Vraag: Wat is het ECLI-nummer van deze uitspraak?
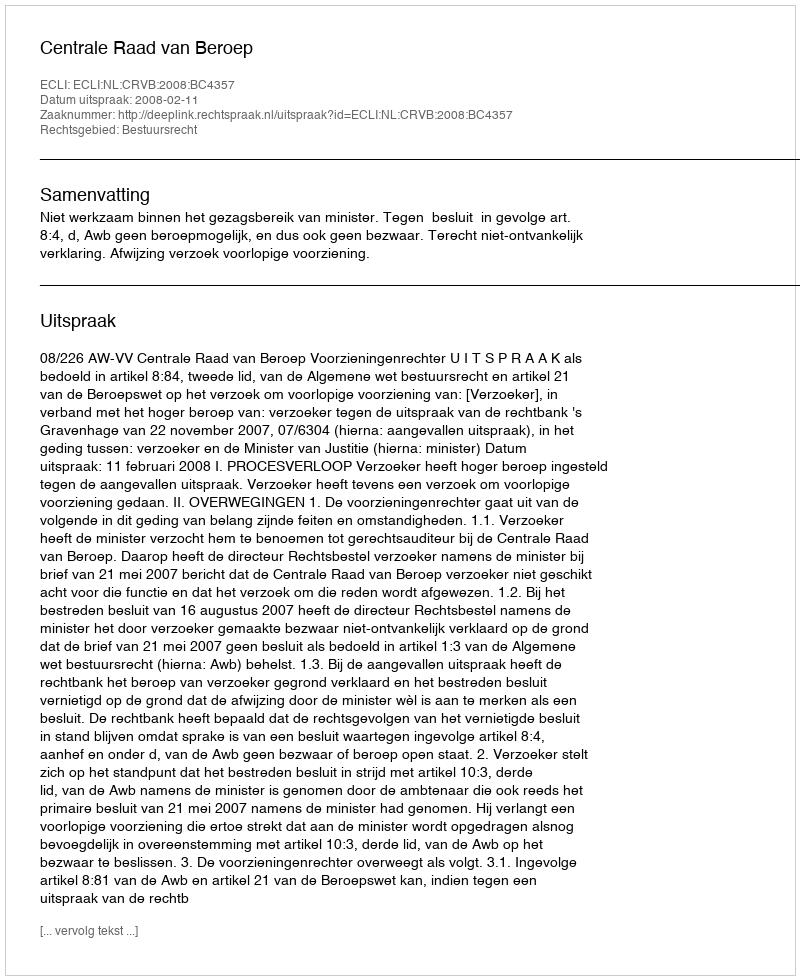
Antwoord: ECLI:NL:CRVB:2008:BC4357